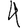
Digit: 4